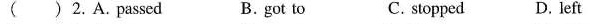
( ) 2. A. Passed B. got to C. stopped D. left